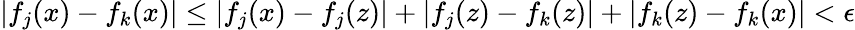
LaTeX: |f_{j}(x)-f_{k}(x)|\leq|f_{j}(x)-f_{j}(z)|+|f_{j}(z)-f_{k}(z)|+|f_{k}(z)-f_{k}(x)|<\epsilon